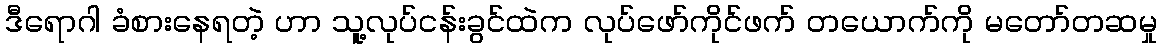
ဒီရောဂါ ခံစားနေရတဲ့ ဟာ သူ့လုပ်ငန်းခွင်ထဲက လုပ်ဖော်ကိုင်ဖက် တယောက်ကို မတော်တဆမှု